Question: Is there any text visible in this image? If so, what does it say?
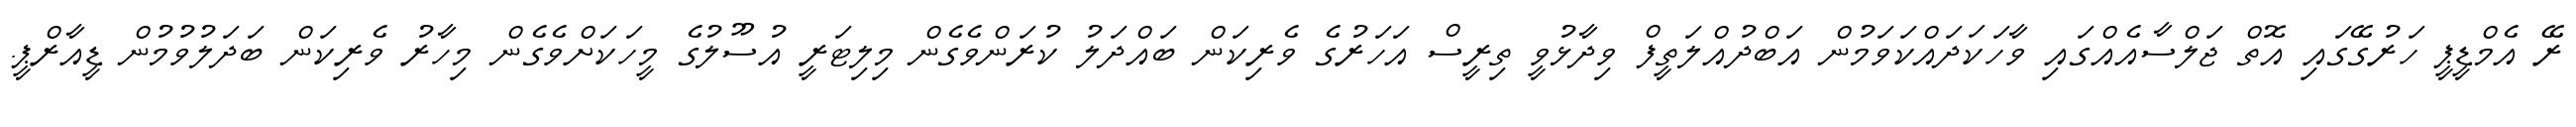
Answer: ރޭ އެމްޑީޕީ ހަރުގޭގައި އޮތް ޖަލްސާއެއްގައި ވާހަކަދައްކަވަމުން އަބްދުއްލަތީފް ވިދާޅުވީ ތިރީސް އަހަރުގެ ވެރިކަން ބައްދަލު ކުރަންވެގެން މިލިޓަރީ އުސޫލުގެ މީހަކަށްވެގެން މިހާރު ވެރިކަން ބަދަލުވުމުން ޑީއާރްޕީ.